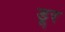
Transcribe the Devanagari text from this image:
डूर